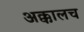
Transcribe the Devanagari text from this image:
अक्कालच